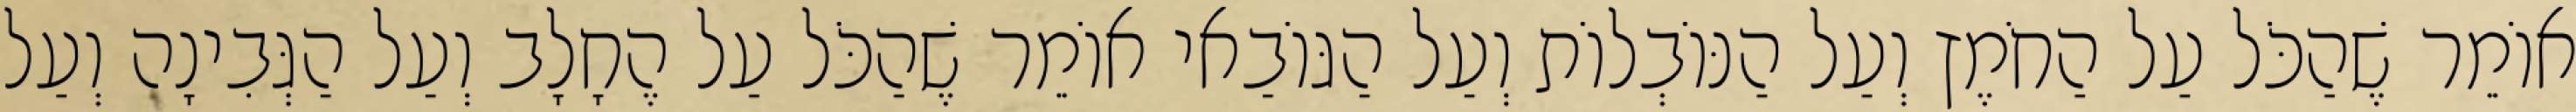
אוֹמֵר שֶׁהַכֹּל עַל הַחֹמֶץ וְעַל הַנּוֹבְלוֹת וְעַל הַגּוֹבַאי אוֹמֵר שֶׁהַכֹּל עַל הֶחָלָב וְעַל הַגְּבִינָה וְעַל